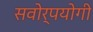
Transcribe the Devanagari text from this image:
सवोर्पयोगी